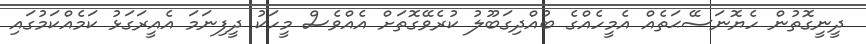
ދީނީގޮތުން ހެޔޮނަސޭޙަތެއް އެމީހެއްގެ ބުއްދިގަބޫލު ކުރެވޭގޮތަށް އެއްވެސް މީހަކު ދީފިނަމަ އެއީރަގަޅު ކަމެއްކަމުގައި